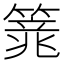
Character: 𱸢